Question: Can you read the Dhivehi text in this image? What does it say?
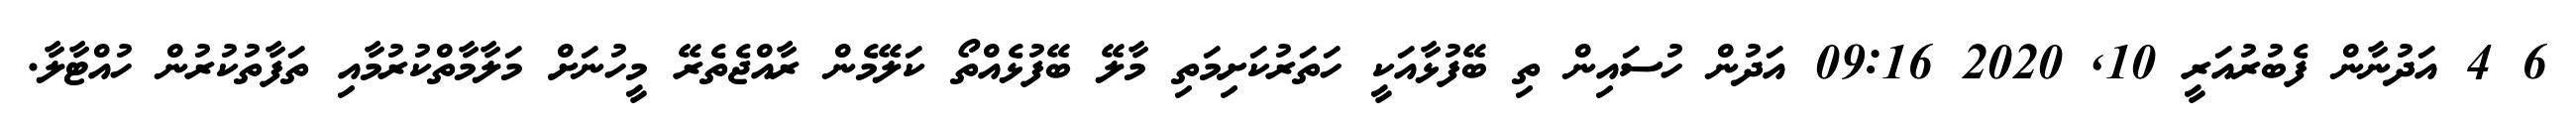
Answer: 6 4 އަދުނާން ފެބުރުއަރީ 10, 2020 09:16 އަދުން ހުސައިން ތި ބޭފުޅާއަކީ ހަތަރުކަށިމަތި މާލޭ ބޭފުޅެއްތޯ ކަލޭމެން ރާއްޖެތެރޭ މީހުނަށް މަލާމާތްކުރުމާއި ތަފާތުކުރުން ހުއްޓާލާ.